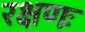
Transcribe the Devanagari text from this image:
रक्षणः